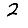
Digit: 2